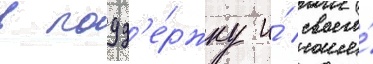
в подд'е́ржку и́ своего́